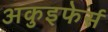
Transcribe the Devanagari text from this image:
अकुइफेर्स